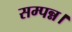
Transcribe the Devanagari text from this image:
सम्पन्न।